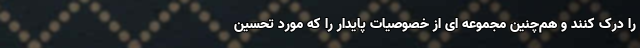
را درک کنند و هم‌چنین مجموعه ای از خصوصیات پایدار را که مورد تحسین